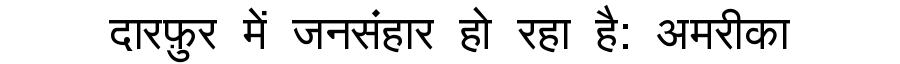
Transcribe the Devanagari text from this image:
दारफ़ुर में जनसंहार हो रहा है: अमरीका